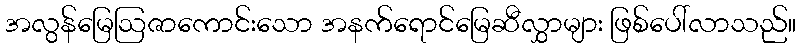
အလွန်မြေဩဇာကောင်းသော အနက်ရောင်မြေဆီလွှာများ ဖြစ်ပေါ်လာသည်။